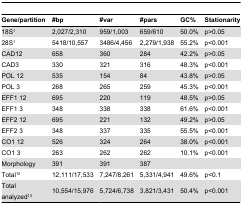
| Gene/partition | #bp | #var | #pars | GC% | Stationarity |
 | --- | --- | --- | --- | --- | --- |
 | 18S1 | 2,027/2,310 | 959/1,003 | 659/610 | 50.0% | p>0.05 |
 | 28S1 | 5418/10,557 | 3486/4,456 | 2,279/1,938 | 55.2% | p<0.001 |
 | CAD12 | 658 | 360 | 284 | 42.2% | p>0.05 |
 | CAD3 | 330 | 321 | 316 | 48.3% | p<0.001 |
 | POL 12 | 535 | 154 | 84 | 43.8% | p>0.05 |
 | POL 3 | 268 | 265 | 259 | 45.3% | p<0.001 |
 | EFF1 12 | 695 | 220 | 119 | 48.5% | p>0.05 |
 | EFF1 3 | 348 | 338 | 338 | 61.6% | p<0.001 |
 | EFF2 12 | 695 | 221 | 132 | 49.2% | p>0.05 |
 | EFF2 3 | 348 | 337 | 335 | 55.5% | p<0.001 |
 | CO1 12 | 526 | 324 | 264 | 38.0% | p<0.001 |
 | CO1 3 | 263 | 262 | 262 | 10.1% | p<0.001 |
 | Morphology | 391 | 391 | 387 |  |  |
 | Total12 | 12,111/17,533 | 7,247/8,261 | 5,331/4,941 | 49.6% | p<0.1 |
 | Total analyzed13 | 10,554/15,976 | 5,724/6,738 | 3,821/3,431 | 50.4% | p<0.001 |